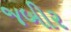
જબીર